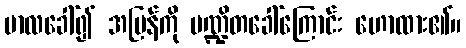
ဗာလခေါ်၍ အပြန်ကို ပဏ္ဍိတခေါ်ကြောင်း ဟောထား၏။